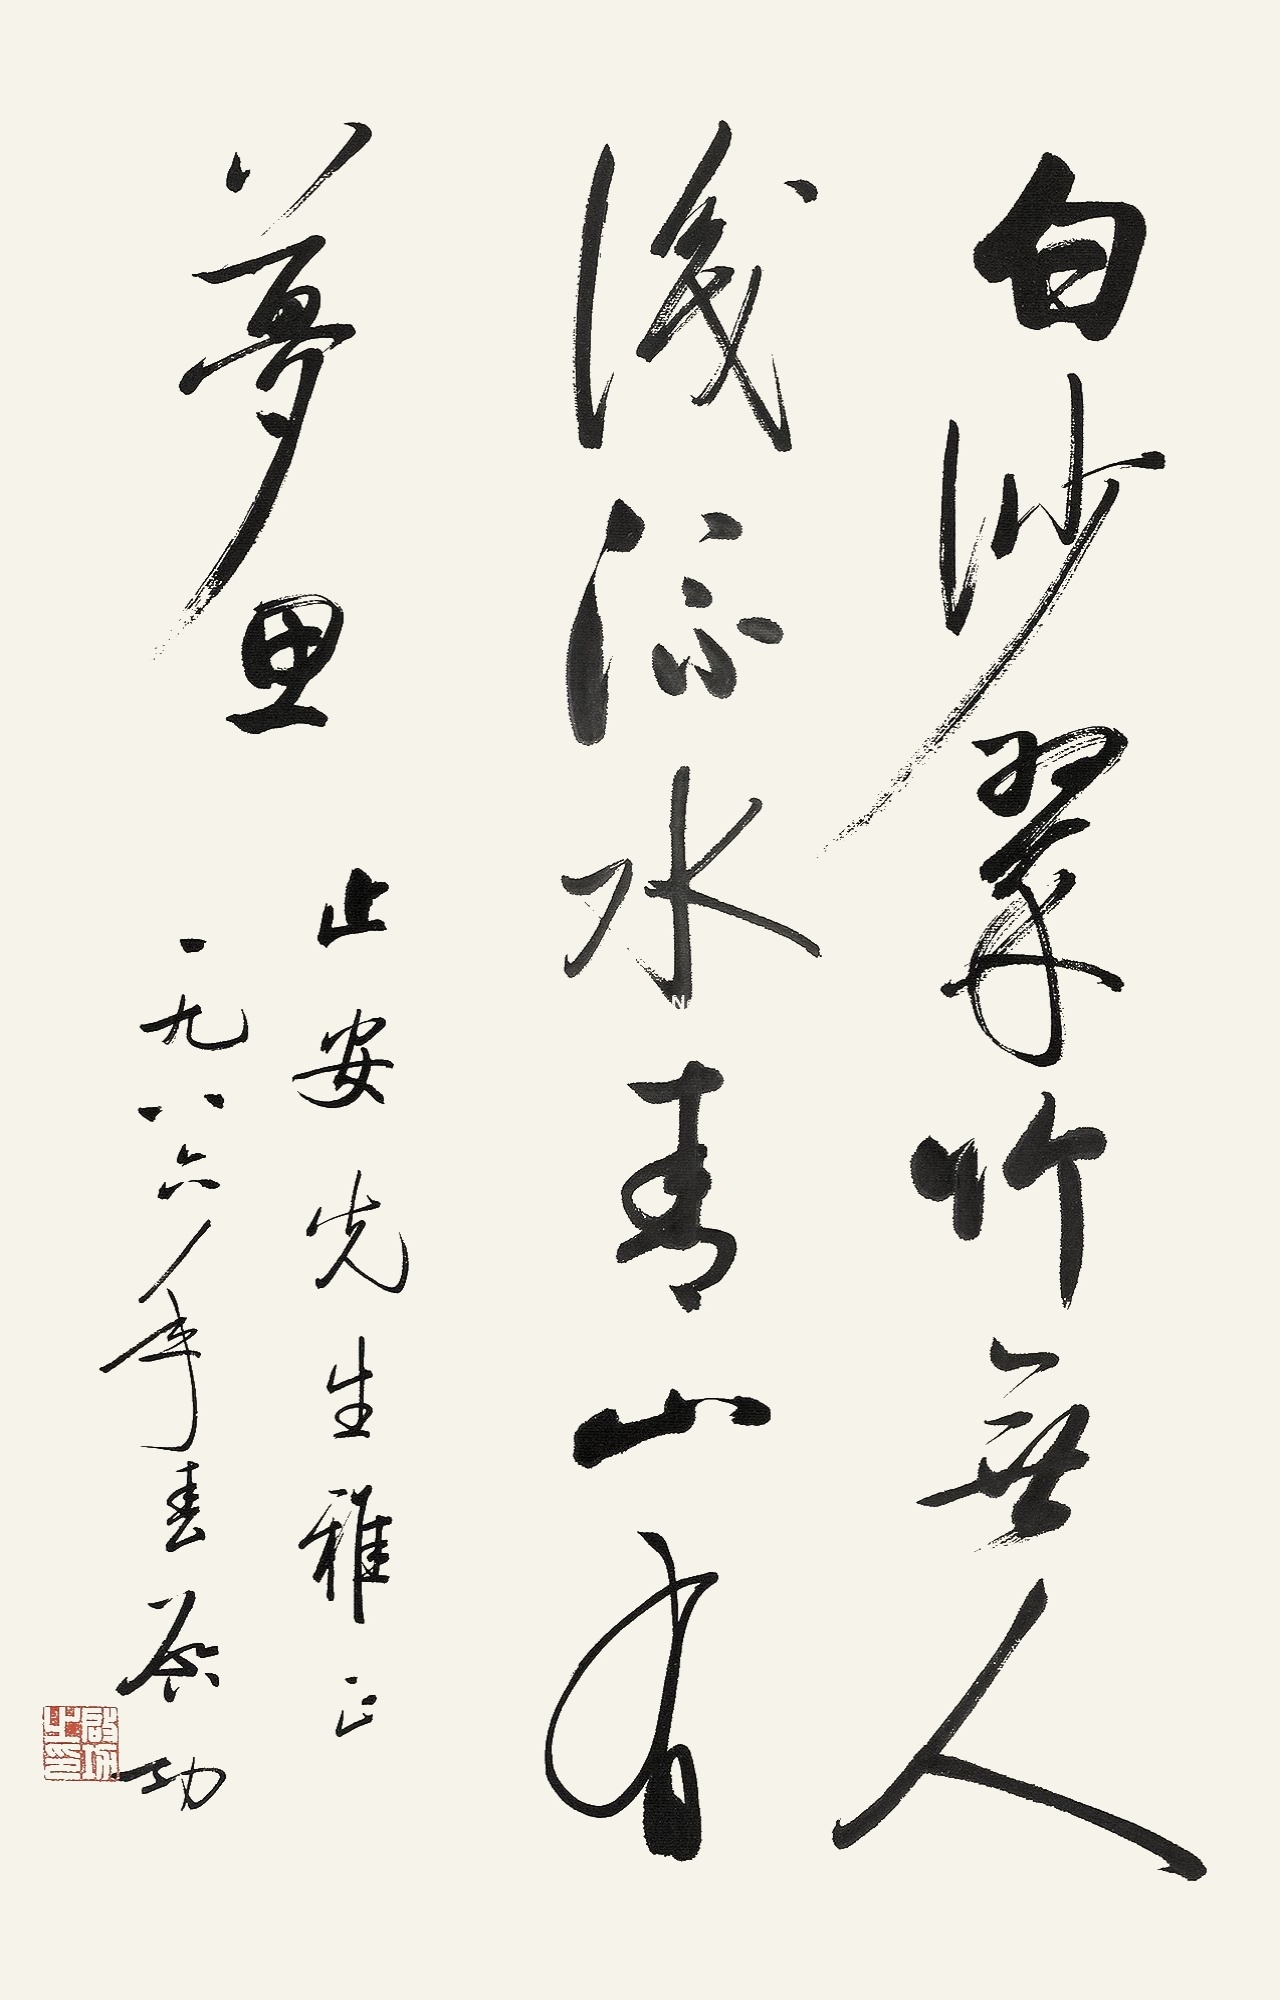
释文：白沙翠竹无人识，流水青山有梦思。止安先生雅正，一九八六年春，启功。